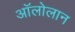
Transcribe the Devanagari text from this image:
अॉलोलान